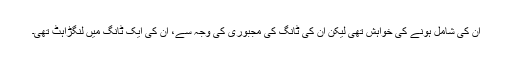
ان کی شامل ہونے کی خواہش تھی لیکن ان کی ٹانگ کی مجبوری کی وجہ سے، ان کی ایک ٹانگ میں لنگڑاہٹ تھی۔